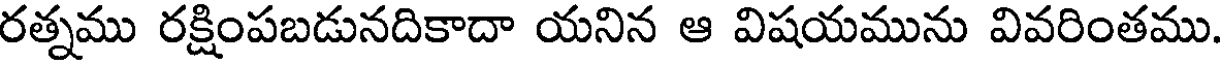
రత్నము రక్షింపబడునదికాదా యనిన ఆ విషయమును వివరింతము